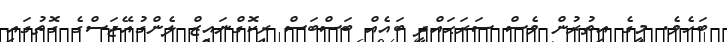
ބަހެވެ. މީގެ އިތުރުން ވެސް ސަރަޙައްދީ ބައެއް ބަސްބަސް ރިކޮގްނައިޒް ލެންގުއޭޖަސްގެ ގޮތުގައި